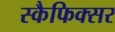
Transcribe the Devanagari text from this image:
स्कैफिक्सर